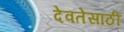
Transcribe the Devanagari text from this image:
देवतेसाठी